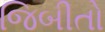
જિબીતો